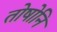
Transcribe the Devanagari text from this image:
तोषोनि